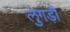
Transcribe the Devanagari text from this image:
लुगड़ी